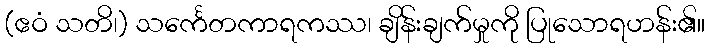
(ဧဝံ သတိ၊) သင်္ကေတကာရကဿ၊ ချိန်းချက်မှုကို ပြုသောရဟန်း၏။